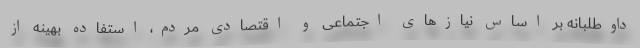
داوطلبانه بر اساس نیازهای اجتماعی و اقتصادی مردم، استفاده بهینه از